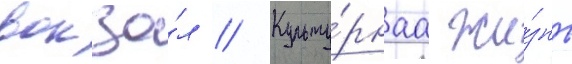
вокза́л // Культу́рнаа жи́знь